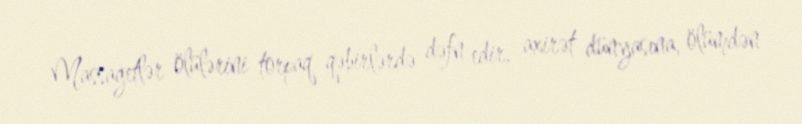
Massagetlər ölülərini torpaq qəbirlərdə dəfn edir, axirət dünyasına, ölümdən